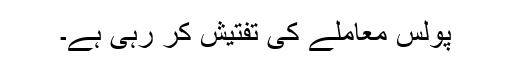
پولس معاملے کی تفتیش کر رہی ہے۔